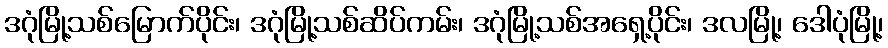
ဒဂုံမြို့သစ်မြောက်ပိုင်း၊ ဒဂုံမြို့သစ်ဆိပ်ကမ်း၊ ဒဂုံမြို့သစ်အရှေ့ပိုင်း၊ ဒလမြို့၊ ဒေါပုံမြို့၊